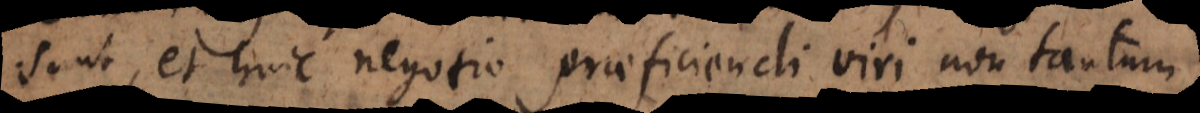
sunt, et huic negotio praeficiendi viri non tantum